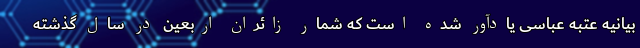
بیانیه عتبه عباسی یادآور شده است که شمار زائران اربعین در سال گذشته